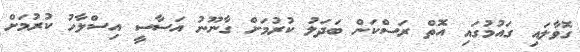
ގޮވާލައި ގައުމުގައި އޮތް ރަސްކަން ބަދަލު ކުރުމަށް ގާނޫނު އަސާސީ އިސްލާހު ކުރުމަށް